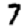
Digit: 7